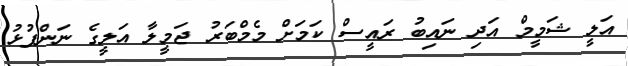
އަލީ ޝަމީމް އަދި ނައިބު ރައީސް ކަމަށް މެމްބަރު ޖަމީލާ އަލީގެ ނަންފުޅު